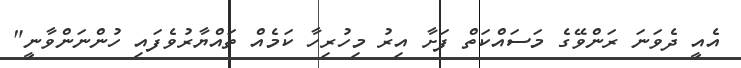
އެއީ ދެވަނަ ރަންވޭގެ މަސައްކަތް ފަށާ އިރު މިހުރިހާ ކަމެއް ތައްޔާރުވެފައި ހުންނަންވާނީ"